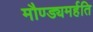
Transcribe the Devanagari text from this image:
मौण्ड्यमर्हति